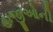
હાજીઓની